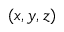
( x , y , z )